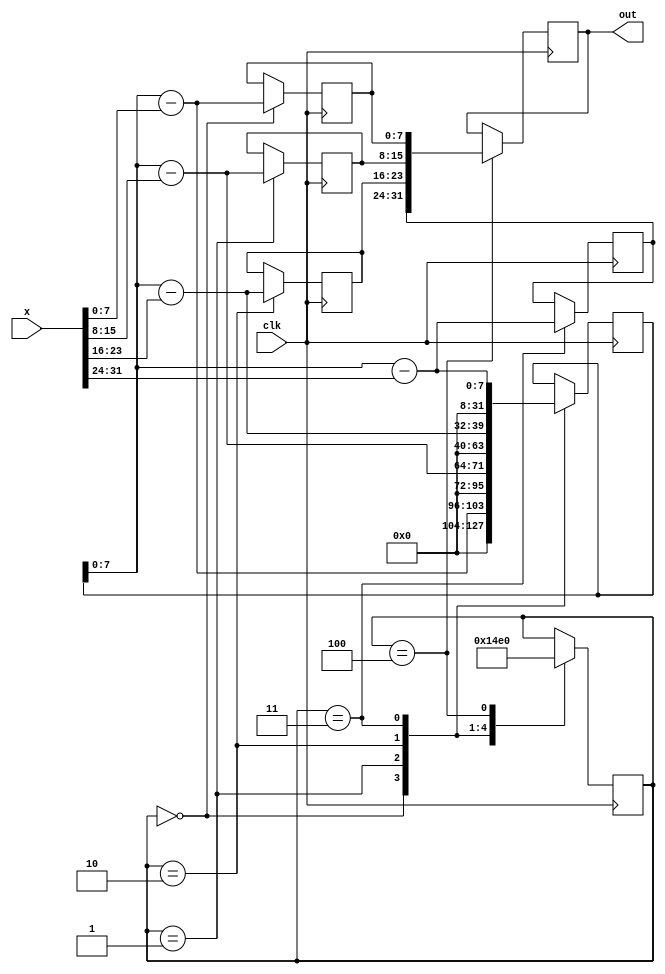
module div255(
    input signed [31:0] x,
    input clk,
    output reg signed [31:0] out
);

    reg [31:0] y = 0;
    reg [7:0] x0, x1, x2, x3;
    reg [7:0] y0, y1, y2, y3;
    reg [2:0] state = 0;

    always @(posedge clk) begin
        // State machine to perform the division
        $display("state = %d", state);
        case (state)
            0: begin
                x0 = x[7:0];
                y0 = y - x0;
                y = y0;
                $display("x0 = %d, y0 = %d", x0, y0);
                state = 1;
            end
            1: begin
                x1 = x[15:8];
                y1 = y - x1;
                y = y1;
                $display("x1 = %d, y1 = %d", x1, y1);
                state = 2;
            end
            2: begin
                x2 = x[23:16];
                y2 = y - x2;
                y = y2;
                $display("x2 = %d, y2 = %d", x2, y2);
                state = 3;
            end
            3: begin
                x3 = x[31:24];
                y3 = y - x3;
                y = y3;
                $display("x3 = %d, y3 = %d", x3, y3);
                state = 4;
            end
            4: begin
                // Output the result when done
                out = {y3, y2, y1, y0};
                state = 0; // Reset the state machine for the next calculation
            end
        endcase
    end

endmodule